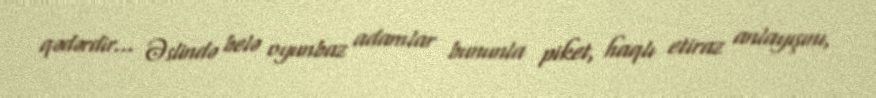
qədərdir... Əslində belə oyunbaz adamlar bununla piket, haqlı etiraz anlayışını,